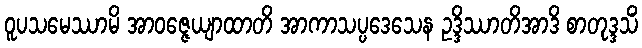
ဝူပသမေဿာမိ အာဝဇ္ဇေယျာထာတိ အာကာသပ္ပဒေသေန ဥဒ္ဒိဿာတိအာဒိ စာတုဒ္ဒသိံ